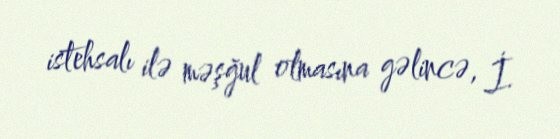
istehsalı ilə məşğul olmasına gəlincə, İ.